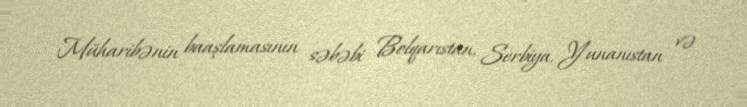
Müharibənin baaşlamasının səbəbi Bolqarıstan, Serbiya, Yunanıstan və